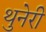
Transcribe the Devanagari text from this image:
थुनेरी